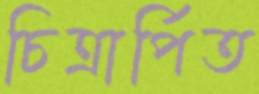
চিত্রার্পিত